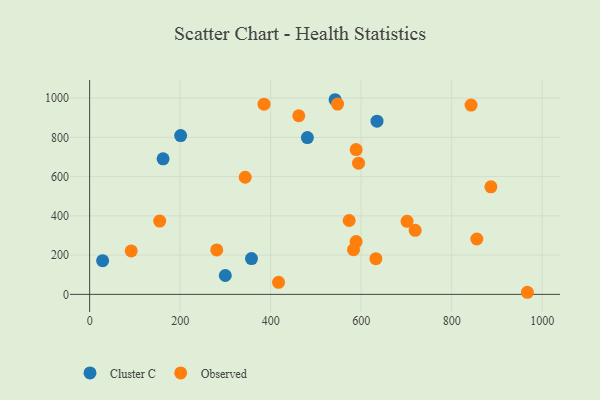
{"axis": {"x": "Investment", "y": "Yield"}, "legend": ["Cluster C", "Observed"], "data": [{"x": "28.7", "y": 171.4, "type": "Cluster C"}, {"x": "635.1", "y": 882.2, "type": "Cluster C"}, {"x": "542.4", "y": 991.6, "type": "Cluster C"}, {"x": "299.8", "y": 96.0, "type": "Cluster C"}, {"x": "357.7", "y": 182.4, "type": "Cluster C"}, {"x": "201.1", "y": 809.1, "type": "Cluster C"}, {"x": "162.3", "y": 690.4, "type": "Cluster C"}, {"x": "481.2", "y": 798.6, "type": "Cluster C"}, {"x": "280.9", "y": 226.3, "type": "Observed"}, {"x": "462.2", "y": 909.9, "type": "Observed"}, {"x": "583.2", "y": 227.4, "type": "Observed"}, {"x": "547.9", "y": 969.6, "type": "Observed"}, {"x": "91.9", "y": 221.1, "type": "Observed"}, {"x": "886.8", "y": 548.0, "type": "Observed"}, {"x": "343.8", "y": 596.5, "type": "Observed"}, {"x": "855.7", "y": 282.0, "type": "Observed"}, {"x": "719.4", "y": 326.1, "type": "Observed"}, {"x": "417.5", "y": 61.5, "type": "Observed"}, {"x": "842.9", "y": 964.1, "type": "Observed"}, {"x": "589.0", "y": 737.4, "type": "Observed"}, {"x": "594.3", "y": 668.1, "type": "Observed"}, {"x": "701.5", "y": 372.2, "type": "Observed"}, {"x": "573.5", "y": 376.2, "type": "Observed"}, {"x": "154.8", "y": 373.4, "type": "Observed"}, {"x": "588.9", "y": 269.0, "type": "Observed"}, {"x": "967.4", "y": 10.6, "type": "Observed"}, {"x": "632.6", "y": 182.0, "type": "Observed"}, {"x": "385.4", "y": 969.1, "type": "Observed"}]}